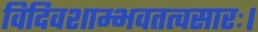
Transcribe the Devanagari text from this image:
विदिवशाम्भवतत्वसारः।